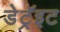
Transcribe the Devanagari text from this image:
डेट्रॅइट